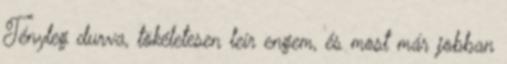
Tényleg durva, tökéletesen leír engem, és most már jobban